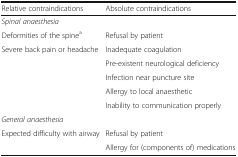
| Relative contraindications | Absolute contraindications |
 | --- | --- |
 | <COLSPAN=2> Spinal anaesthesia |
 | Deformities of the spinea | Refusal by patient |
 | Severe back pain or headache | Inadequate coagulation |
 |  | Pre-existent neurological deficiency |
 |  | Infection near puncture site |
 |  | Allergy to local anaesthetic |
 |  | Inability to communication properly |
 | <COLSPAN=2> General anaesthesia |
 | Expected difficulty with airway | Refusal by patient |
 |  | Allergy for (components of) medications |